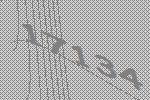
17134